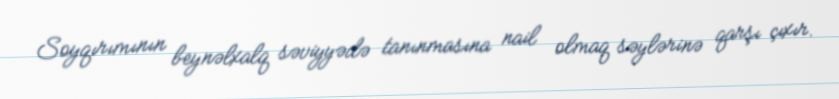
Soyqırımının beynəlxalq səviyyədə tanınmasına nail olmaq səylərinə qarşı çıxır.